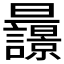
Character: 𣌚